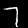
Label: 7